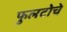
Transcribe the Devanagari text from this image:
फुलटोचे